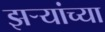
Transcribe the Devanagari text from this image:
झर्‍यांच्या